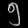
Digit: ၅